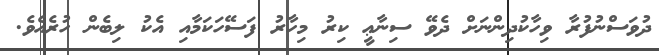
ދުވަސްނުފުރާ ވިހާކުދިންނަށް ދެވޭ ސިނާޢީ ކިރު މިހާރު ފަސޭހަކަމާއި އެކު ލިބެން ހުރެއެވެ.